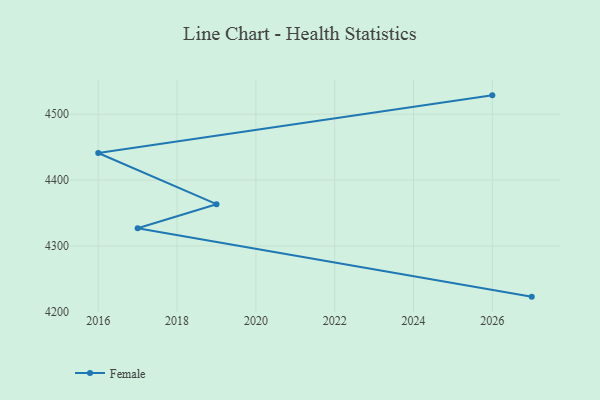
{"axis": {"x": "Year", "y": "Budget (USD K)"}, "legend": ["Female"], "data": [{"x": "2027", "y": 4223.1, "type": "Female"}, {"x": "2017", "y": 4326.8, "type": "Female"}, {"x": "2019", "y": 4363.4, "type": "Female"}, {"x": "2016", "y": 4441.1, "type": "Female"}, {"x": "2026", "y": 4528.6, "type": "Female"}]}